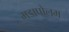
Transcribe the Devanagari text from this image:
मडापोलम